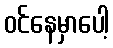
ဝင်နေမှာပေါ့